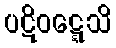
ပဋိဝဋ္ဋေသိ